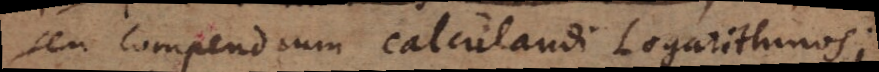
seu compendium calculandi Logarithmos;